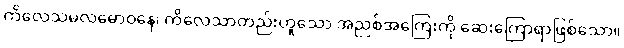
ကိလေသမလဓောဝနေ၊ ကိလေသာတည်းဟူသော အညစ်အကြေးကို ဆေးကြောရာဖြစ်သော။